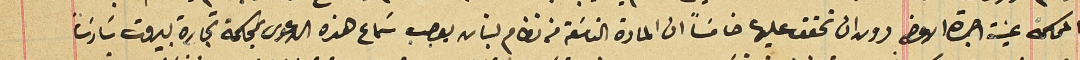
المحكمة عينت اجرة الاوضه دون ان تحقق عليها خامسَاً ان المادة التاسَعة من نظام لبنان يوجب سَماع هذه الدعوى بمحكمة تجارة بيروت سَادسَاً